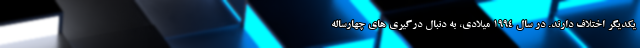
یکدیگر اختلاف دارند. در سال ۱۹۹۴ میلادی، به دنبال درگیری های چهارساله